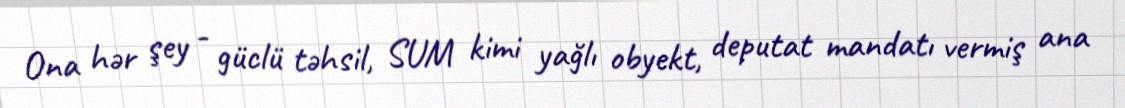
Ona hər şey - güclü təhsil, SUM kimi yağlı obyekt, deputat mandatı vermiş ana